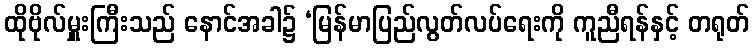
ထိုဗိုလ်မှူးကြီးသည် နောင်အခါ၌ ‘မြန်မာပြည်လွတ်လပ်ရေးကို ကူညီရန်နှင့် တရုတ်